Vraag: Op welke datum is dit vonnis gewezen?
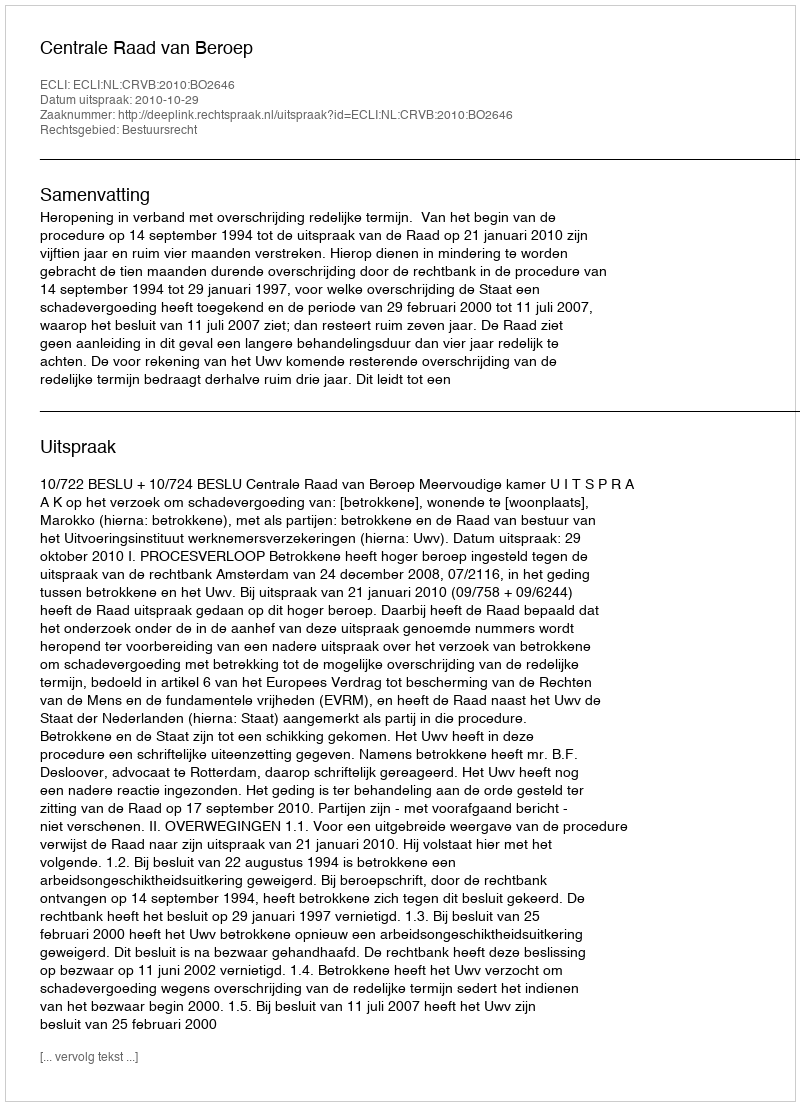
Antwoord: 2010-10-29